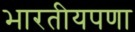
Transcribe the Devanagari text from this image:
भारतीयपणा